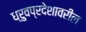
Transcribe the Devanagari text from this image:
ध्रुवप्रदेशावरील